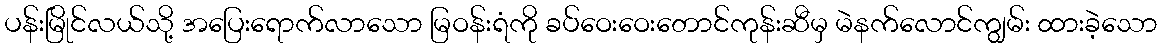
ပန်းမြိုင်လယ်သို့ အပြေးရောက်လာသော မြဝန်းရံကို ခပ်ဝေးဝေးတောင်ကုန်းဆီမှ မဲနက်လောင်ကျွမ်း ထားခဲ့သော